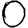
Digit: 0